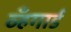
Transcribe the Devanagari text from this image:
व्हँगार्ड